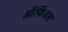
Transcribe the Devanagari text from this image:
ऑर्फिअस